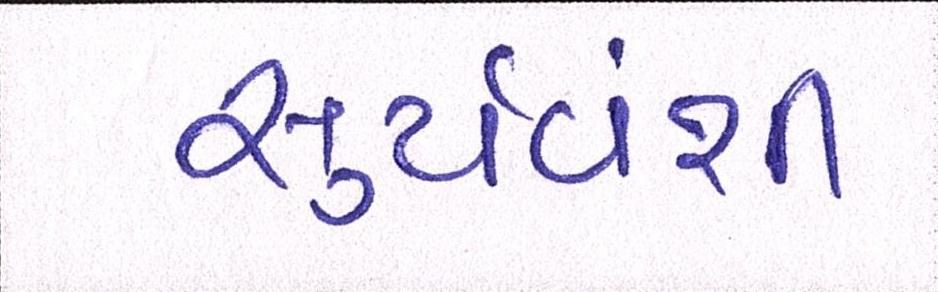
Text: સુર્યવંશી